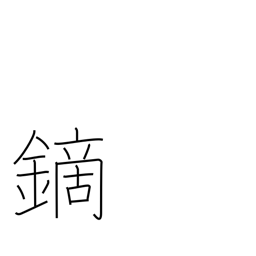
Meaning: arrowhead